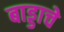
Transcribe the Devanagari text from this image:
बाड्डाचे